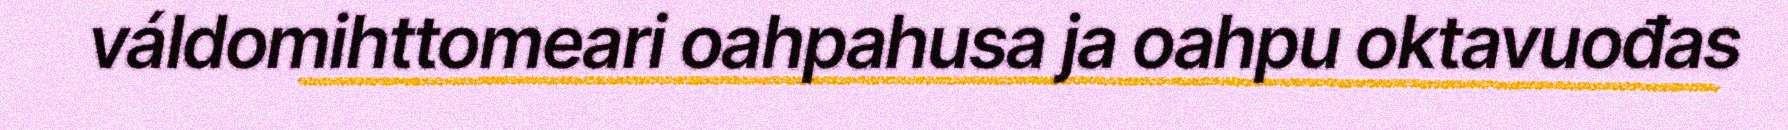
váldomihttomeari oahpahusa ja oahpu oktavuođas